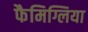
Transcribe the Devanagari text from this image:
फैमिग्लिया